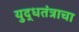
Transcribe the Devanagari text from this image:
युद्धतंत्राचा